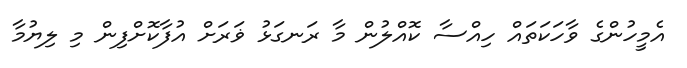
އެމީހުންގެ ވާހަކަތައް ހިއްސާ ކޮއްލުން މާ ރަނގަޅު ޥަރަށް އުފާކޮށްފިން މި ލިޔުމާ